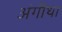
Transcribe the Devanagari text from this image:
अंगीथा